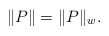
\begin{align*}\|P\|=\|P\|_w.\end{align*}